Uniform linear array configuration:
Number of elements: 32
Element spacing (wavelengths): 0.5
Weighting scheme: hann
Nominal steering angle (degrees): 15
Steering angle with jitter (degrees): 13.753
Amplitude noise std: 0.05
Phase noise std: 0.05

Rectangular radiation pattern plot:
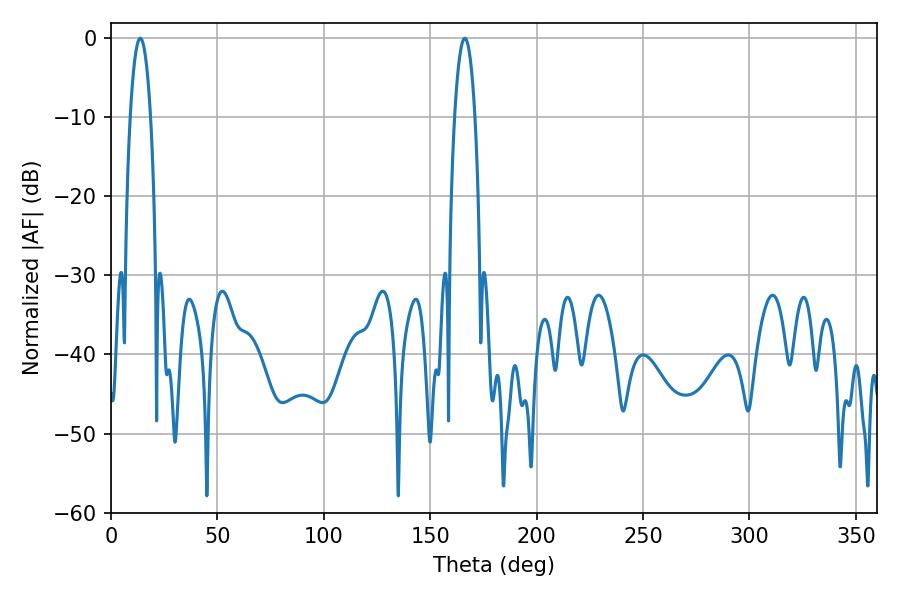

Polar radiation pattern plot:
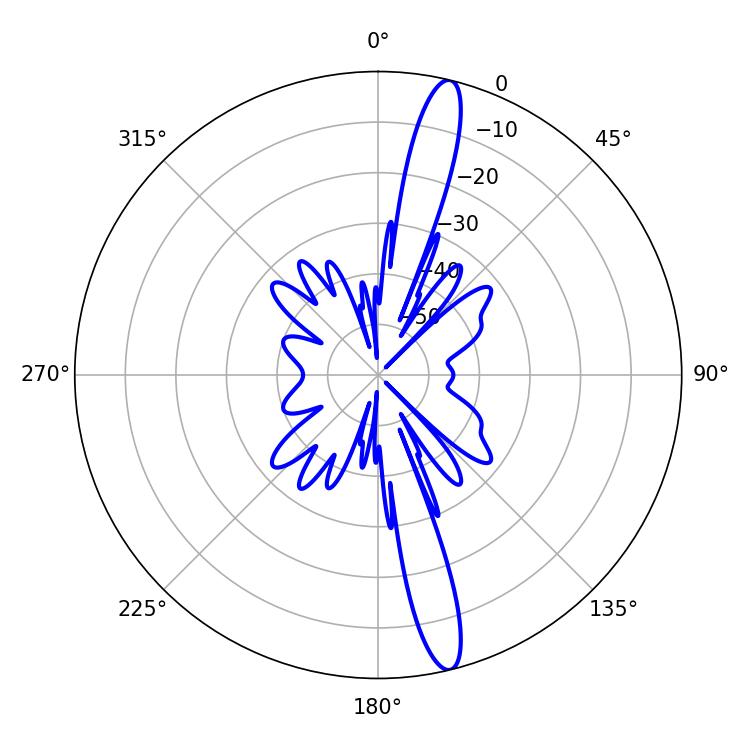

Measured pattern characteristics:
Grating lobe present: FALSE
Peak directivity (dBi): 16.244
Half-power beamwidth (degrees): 5.22
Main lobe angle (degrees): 13.68